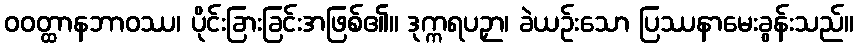
ဝဝတ္ထာနဘာဝဿ၊ ပိုင်းခြားခြင်းအဖြစ်၏။ ဒုက္ကရပဉှာ၊ ခဲယဉ်းသော ပြဿနာမေးခွန်းသည်။